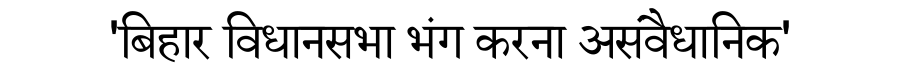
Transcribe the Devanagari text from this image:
'बिहार विधानसभा भंग करना असंवैधानिक'